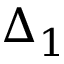
\Delta _ { 1 }